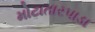
મોટાતારપાડા